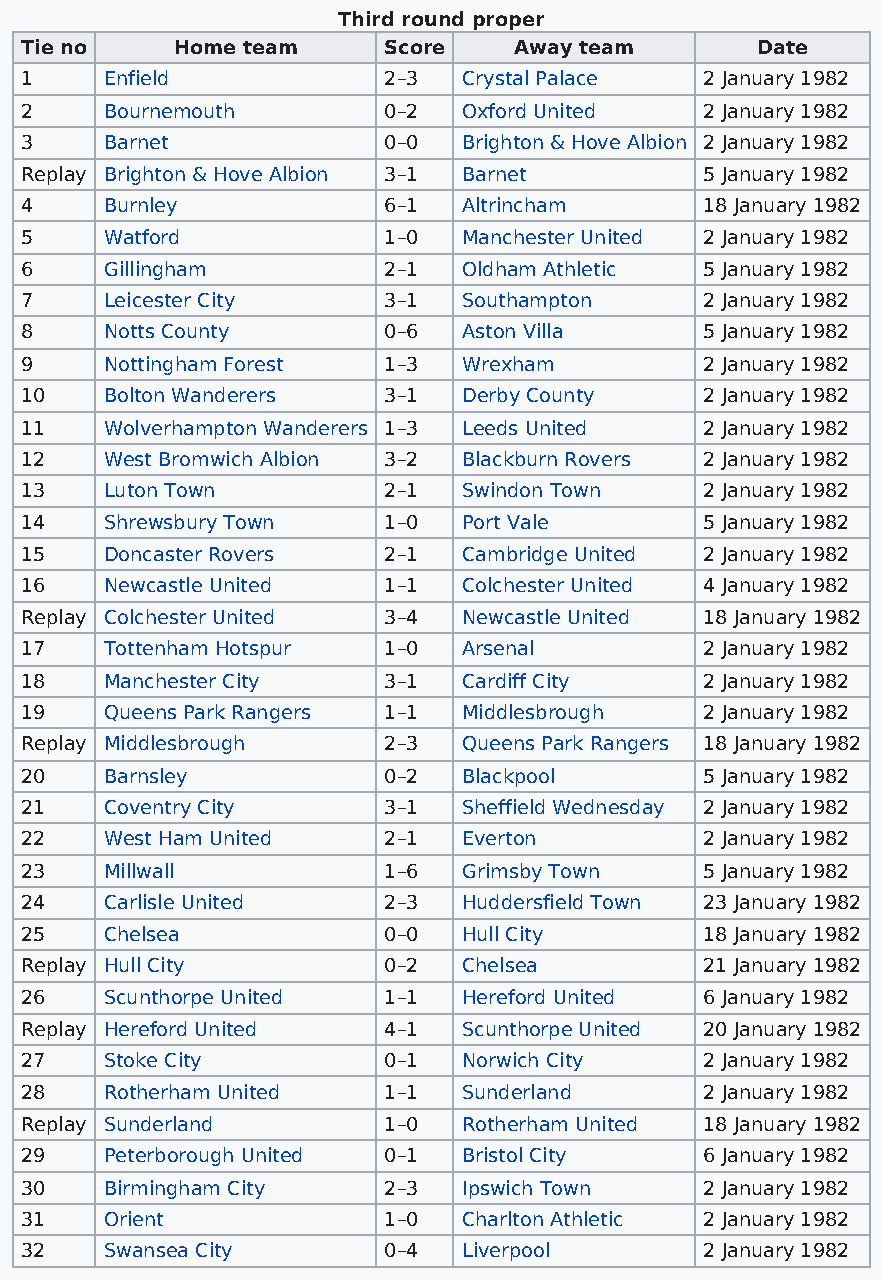
Third round proper
 Tie no    Home team     Score    Away team       Date
 1     Enfield           2–3   Crystal Palace  2 January 1982
 2     Bournemouth       0–2   Oxford United   2 January 1982
 3     Barnet            0–0   Brighton & Hove Albion 2 January 1982
 Replay Brighton & Hove Albion 3–1 Barnet      5 January 1982
 4     Burnley           6–1   Altrincham      18 January 1982
 5     Watford           1–0   Manchester United 2 January 1982
 6     Gillingham        2–1   Oldham Athletic 5 January 1982
 7     Leicester City    3–1   Southampton     2 January 1982
 8     Notts County      0–6   Aston Villa     5 January 1982
 9     Nottingham Forest 1–3   Wrexham         2 January 1982
 10    Bolton Wanderers  3–1   Derby County    2 January 1982
 11    Wolverhampton Wanderers 1–3 Leeds United 2 January 1982
 12    West Bromwich Albion 3–2 Blackburn Rovers 2 January 1982
 13    Luton Town        2–1   Swindon Town    2 January 1982
 14    Shrewsbury Town   1–0   Port Vale       5 January 1982
 15    Doncaster Rovers  2–1   Cambridge United 2 January 1982
 16    Newcastle United  1–1   Colchester United 4 January 1982
 Replay Colchester United 3–4  Newcastle United 18 January 1982
 17    Tottenham Hotspur 1–0   Arsenal         2 January 1982
 18    Manchester City   3–1   Cardiff City    2 January 1982
 19    Queens Park Rangers 1–1 Middlesbrough   2 January 1982
 Replay Middlesbrough    2–3   Queens Park Rangers 18 January 1982
 20    Barnsley          0–2   Blackpool       5 January 1982
 21    Coventry City     3–1   Sheffield Wednesday 2 January 1982
 22    West Ham United   2–1   Everton         2 January 1982
 23    Millwall          1–6   Grimsby Town    5 January 1982
 24    Carlisle United   2–3   Huddersfield Town 23 January 1982
 25    Chelsea           0–0   Hull City       18 January 1982
 Replay Hull City        0–2   Chelsea         21 January 1982
 26    Scunthorpe United 1–1   Hereford United 6 January 1982
 Replay Hereford United  4–1   Scunthorpe United 20 January 1982
 27    Stoke City        0–1   Norwich City    2 January 1982
 28    Rotherham United  1–1   Sunderland      2 January 1982
 Replay Sunderland       1–0   Rotherham United 18 January 1982
 29    Peterborough United 0–1 Bristol City    6 January 1982
 30    Birmingham City   2–3   Ipswich Town    2 January 1982
 31    Orient            1–0   Charlton Athletic 2 January 1982
 32    Swansea City      0–4   Liverpool       2 January 1982